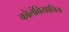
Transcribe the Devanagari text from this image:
कोलंबियाचित्र